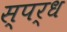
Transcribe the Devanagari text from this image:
स्पर्ध